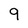
Character: 9